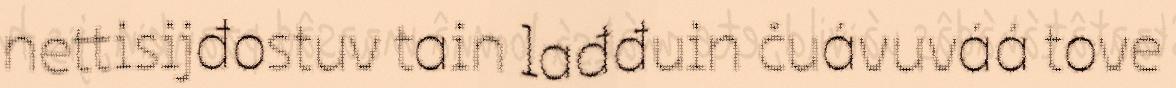
nettisijđostuv tain lađđuin čuávuváá tove